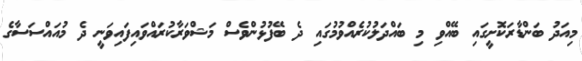
މިއަދު ބަންޑާރަކޮށީގައި ބޭއްވި މި ބައްދަލުކުރެއްވުމުގައި ދެ ބޭފުޅުންވެސް މަޝްވަރާކުރައްވައިފައިވަނީ ދެ މުއައްސަސާގެ